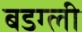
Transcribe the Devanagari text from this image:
बडग्ली